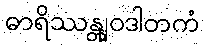
ဓာရိဿန္တျဝဒါတကံ